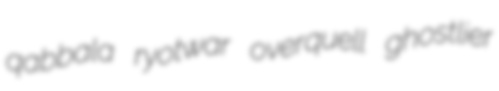
qabbala ryotwar overquell ghostlier